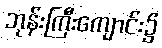
ဘုန်းကြီးကျောင်း၌